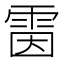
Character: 𩂥